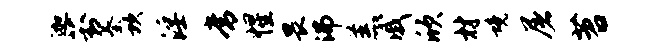
迦葑蓁坎淫常惺畏沸羔戚欣材境屠苕